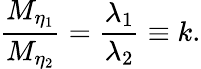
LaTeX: {\frac{M_{\eta_{1}}}{M_{\eta_{2}}}}={\frac{\lambda_{1}}{\lambda_{2}}}\equiv k.